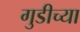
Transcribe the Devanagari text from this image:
गुडीच्या